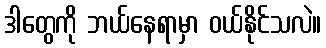
ဒါတွေကို ဘယ်နေရာမှာ ဝယ်နိုင်သလဲ။